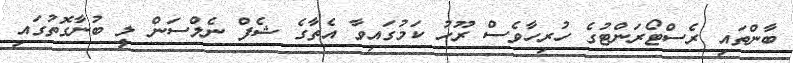
ބާންތައި ރެސްޓޯރަންޓުގެ ހުރިހާވެސް ރޫހު ކަމުގައިވާ އެތާގެ ޝެފް ނެލްސަން ލީ ބުނާގޮތުގައި